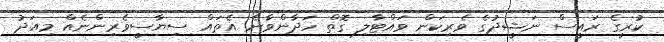
ކުރީގެ ރައީސް ނަޝީދުގެ ވެރިކަން ވައްޓާލި ގޮތް ހަދާންވާނެ އެތައް ސިޔާސީވެރިންނެއް މިއަދު